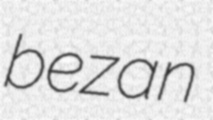
bezan